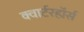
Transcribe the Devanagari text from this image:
क्वार्टरहॉर्स